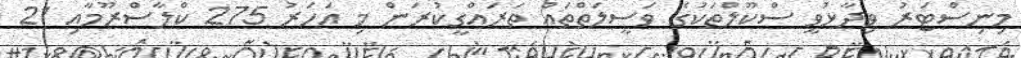
މިނިސްޓަރު ވިދާޅުވީ ސްކޫލްތަކުގެ ވަސީލަތްތައް ތަރައްގީކުރަން މި އަހަރު 275 ކްލާސްރޫމާއި 21